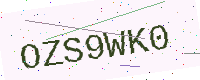
Text: OZS9WK0